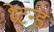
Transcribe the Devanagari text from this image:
थ्रेटन्ड